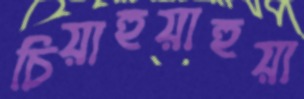
চিয়াহুয়াহুয়া